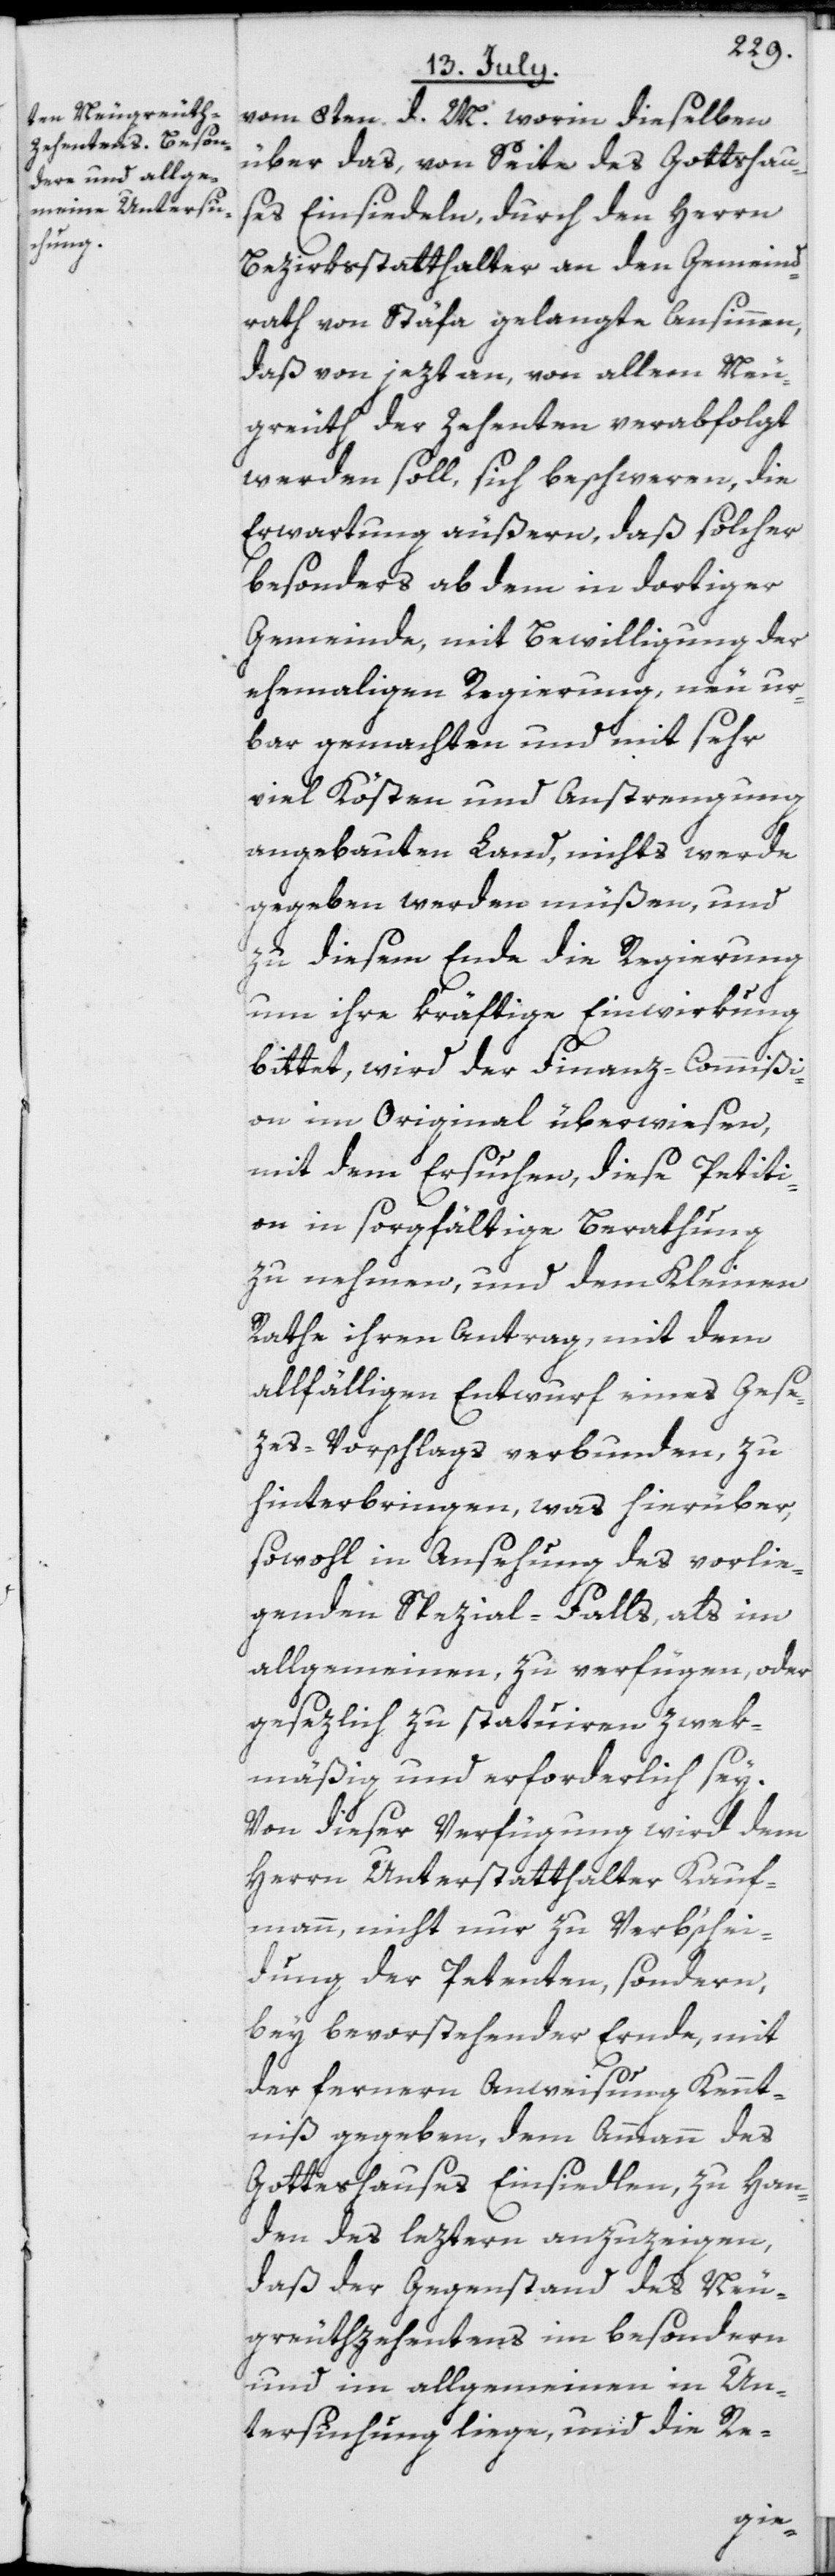
vom 8ten d. M. worin dieselben
über das, von Seite des Gottshau¬
ses Einsiedeln, durch den Herrn
Bezirksstatthalter an den Gemeind¬
rath von Stäfa gelangte Ansinnen,
daß von jezt an, von allem Neu¬
greuth der Zehenten verabfolgt
werden soll, sich beschweren, die
Erwartung äußern, daß solcher
besonders ab dem in dortiger
Gemeinde, mit Bewilligung der
ehemaligen Regierung, neu ur¬
bar gemachten und mit sehr
viel Kösten und Anstrengung
angebauten Land, nichts werde
gegeben werden müßen, und
zu diesem Ende die Regierung
um ihre kräftige Einwirkung
bittet, wird der Finanz-Commißi¬
on im Original überwiesen,
mit dem Ersuchen, diese Petiti¬
on in sorgfältige Berathung
zu nehmen, und dem Kleinen
Rathe ihren Antrag, mit dem
allfälligen Entwurf eines Gese¬
zes-Vorschlags verbunden, zu
hinterbringen, was hierüber,
sowohl in Ansehung des vorlie¬
genden Spezial-Falls, als im
allgemeinen, zu verfügen, oder
gesezlich zu statuiren zwek¬
mäßig und erforderlich sey.
Von dieser Verfügung wird dem
Herrn Unterstatthalter Kauf¬
mann, nicht nur zu Verb‘schei¬
dung der Petenten, sondern,
bey bevorstehender Ernde, mit
der fernern Anweisung Kennt¬
niß gegeben, dem Ammann des
Gotteshauses Einsiedlen, zu Han¬
den des leztern anzuzeigen,
daß der Gegenstand des Neu¬
greuthzehentens im besondern
und im allgemeinen in Un¬
tersuchung liege, und die Re-